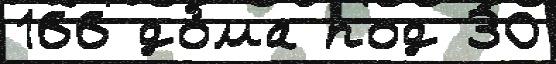
166 до́ма под 30